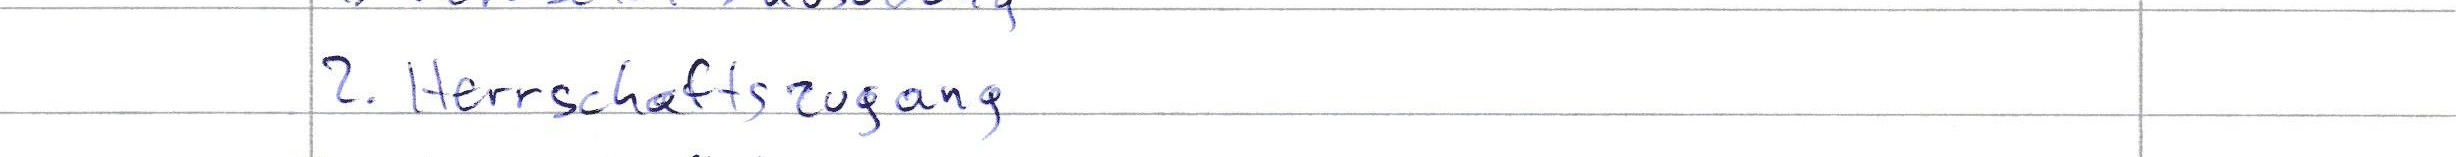
2. Herrschaftszugang